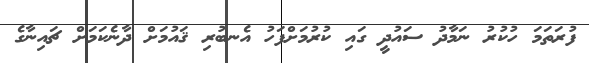
ފުރަތަމަ ހުކުރު ނަމާދު ސައުދީ ގައި ކުރުމަށްފަހު އެނބުރި ޤައުމަށް ދާނެކަމަށް ޗައިނާގެ